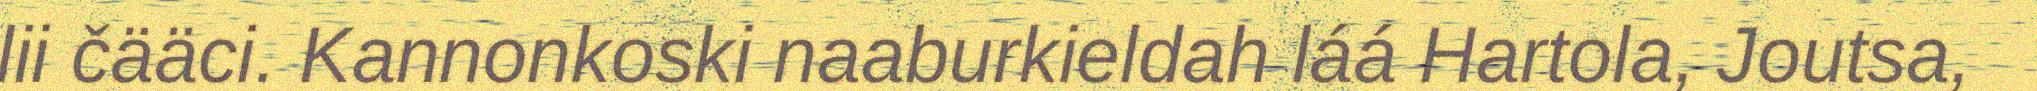
lii čääci. Kannonkoski naaburkieldah láá Hartola, Joutsa,